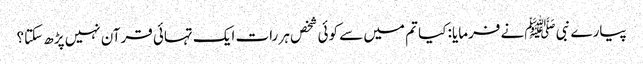
پیارے نبی ﷺنے فرمایا: کیا تم میں سے کوئی شخص ہر رات ایک تہائی قرآن نہیں پڑھ سکتا؟